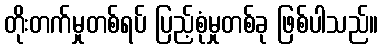
တိုးတက်မှုတစ်ရပ် ပြည့်စုံမှုတစ်ခု ဖြစ်ပါသည်။